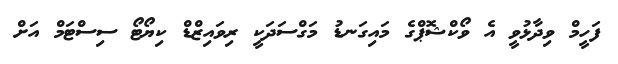
ފަހީމް ވިދާޅުވީ އެ ވޯކްޝޮޕްގެ މައިގަނޑު މަގްސަދަކީ ރިވައިޒްޑް ކިޔޯޓޯ ސިސްޓަމް އަށް